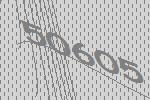
50605